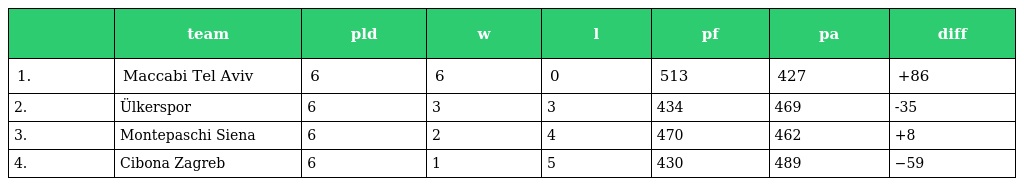
|  | team | pld | w | l | pf | pa | diff |
 | --- | --- | --- | --- | --- | --- | --- | --- |
 | 1. | Maccabi Tel Aviv | 6 | 6 | 0 | 513 | 427 | +86 |
 | 2. | Ülkerspor | 6 | 3 | 3 | 434 | 469 | -35 |
 | 3. | Montepaschi Siena | 6 | 2 | 4 | 470 | 462 | +8 |
 | 4. | Cibona Zagreb | 6 | 1 | 5 | 430 | 489 | −59 |